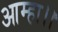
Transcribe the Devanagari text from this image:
आम्हा।।